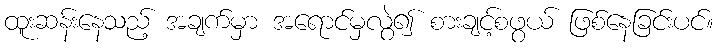
ထူးဆန်းနေသည့် အချက်မှာ အရောင်မှလွဲ၍ စားချင့်စဖွယ် ဖြစ်နေခြင်းပင်။